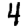
Digit: 4